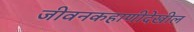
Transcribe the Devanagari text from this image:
जीवनकहाणीदेखील